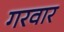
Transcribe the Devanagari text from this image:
गरवार